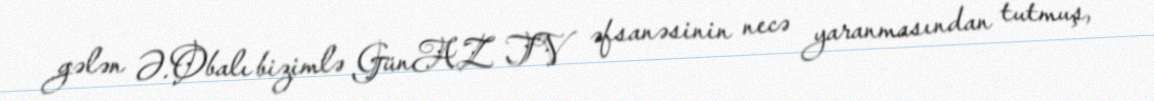
gələn Ə.Obalı bizimlə GünAZ TV əfsanəsinin necə yaranmasından tutmuş,